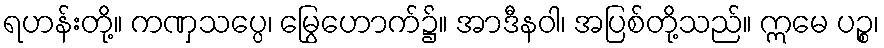
ရဟန်းတို့။ ကဏှသပ္ပေ၊ မြွေဟောက်၌။ အာဒီနဝါ၊ အပြစ်တို့သည်။ ဣမေ ပဉ္စ၊